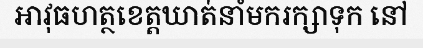
អាវុធហត្ថខេត្តឃាត់នាំមករក្សាទុក នៅ